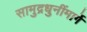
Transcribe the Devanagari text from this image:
सामुद्रधुनींमार्गे